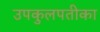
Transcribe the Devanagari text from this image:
उपकुलपतीका